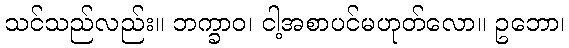
သင်သည်လည်း။ ဘက္ခာဝ၊ ငါ့အစာပင်မဟုတ်လော။ ဥဘော၊